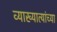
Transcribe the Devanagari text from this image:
व्याख्यात्यांच्या